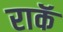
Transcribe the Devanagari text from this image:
राकॅ